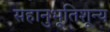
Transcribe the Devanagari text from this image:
सहानुभूतिशून्य